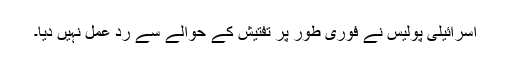
اسرائیلی پولیس نے فوری طور پر تفتیش کے حوالے سے رد عمل نہیں دیا۔